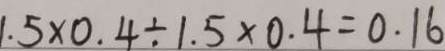
1 . 5 \times 0 . 4 \div 1 . 5 \times 0 . 4 = 0 . 1 6